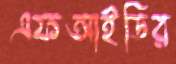
এফআইডির